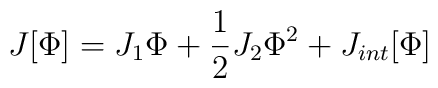
J[\Phi ]=J_1\Phi +{\frac{1}{2}}J_2\Phi^2+J_{int}[\Phi ]